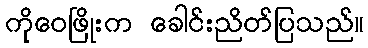
ကိုဝေဖြိုးက ခေါင်းညိတ်ပြသည်။